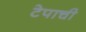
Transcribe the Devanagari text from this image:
टेपाची